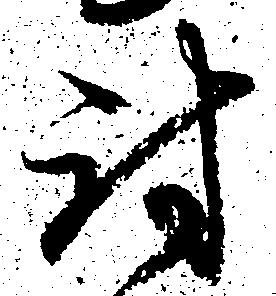
討